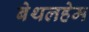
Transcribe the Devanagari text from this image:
बेथलहेम